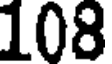
108